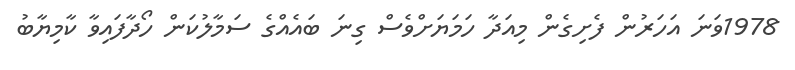
1978ވަނަ އަހަރުން ފެށިގެން މިއަދާ ހަމަޔަށްވެސް ގިނަ ބައެއްގެ ސަމާލުކަން ހޯދާފައިވާ ކާމިޔާބު